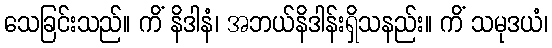
သေခြင်းသည်။ ကိံ နိဒါနံ၊ အဘယ်နိဒါန်းရှိသနည်း။ ကိံ သမုဒယံ၊